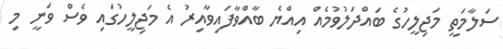
ސަލާމަތީ މަޖިލީހުގެ ބައްދަލުވުމެއް އިއްޔެ ބާއްވާފައިވާއިރު އެ މަޖިލީހުގައި ވެސް ވަނީ މި